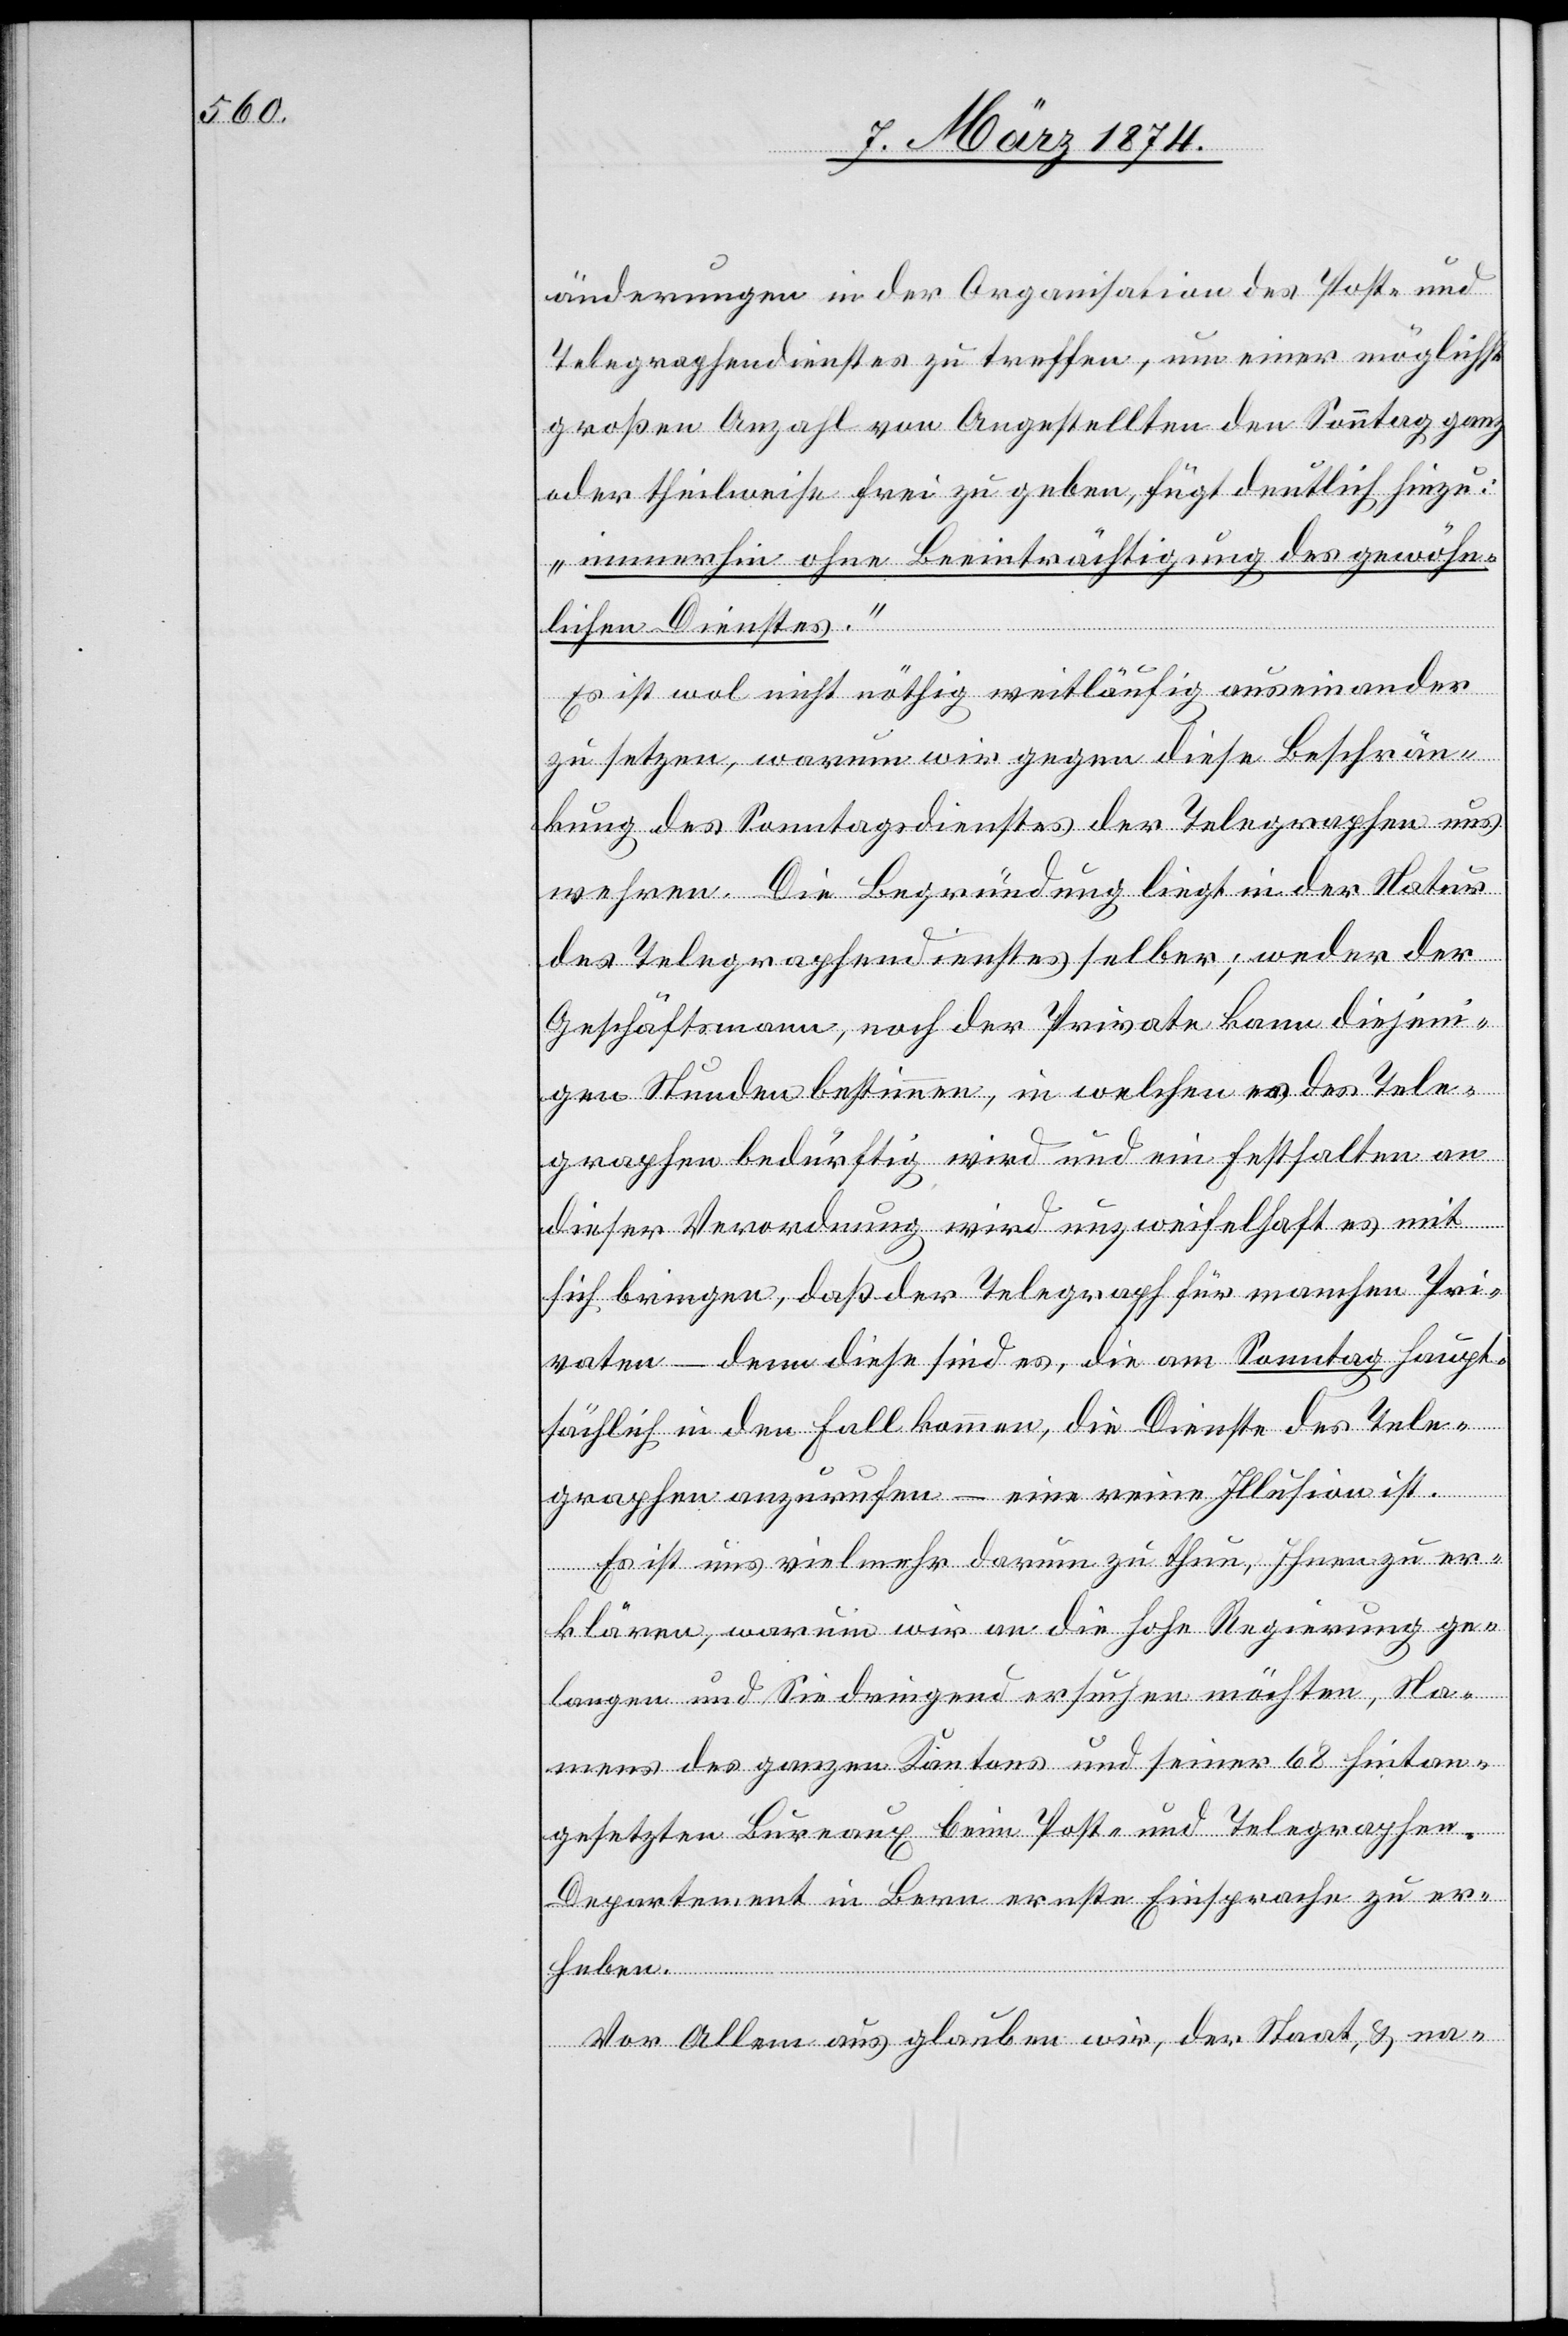
änderungen in der Organisation des Post- und
Telegraphendienstes zu treffen, um einer möglichst
großen Anzahl von Angestellten den Sonntag ganz
oder theilweise frei zu geben, fügt deutlich hinzu:
„immerhin ohne Beeinträchtigung des gewöhn¬
lichen Dienstes.“
Es ist wol nicht nöthig weitläufig auseinander
zu setzen, warum wir gegen diese Beschrän¬
kung des Sonntagsdienstes der Telegraphen uns
wehren. Die Begründung liegt in der Natur
des Telegraphendienstes selber; weder der
Geschäftsmann, noch der Private kann diejeni¬
gen Stunden bestimmen, in welchen er des Tele¬
graphen bedürftig wird und ein Festhalten an
dieser Verordnung wird unzweifelhaft es mit
sich bringen, daß der Telegraph für manche Pri¬
vaten – denn diese sind es, die am Sonntag haupt¬
sächlich in den Fall kommen, die Dienste des Tele¬
graphen anzurufen – eine reine Illusion ist.
Es ist uns vielmehr darum zu thun, Ihnen zu er¬
klären, warum wir an die hohe Regierung ge¬
langen und Sie dringend ersuchen möchten, Na¬
mens des ganzen Kantons und seiner 68 hintan¬
gesetzten Bureaux beim Post- und Telegraphe¬
n-Departement in Bern ernste Einsprache zu er¬
heben.
Vor Allem aus [sic!] glauben wir, der Staat, u. na-